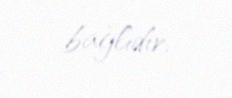
bağlıdır.